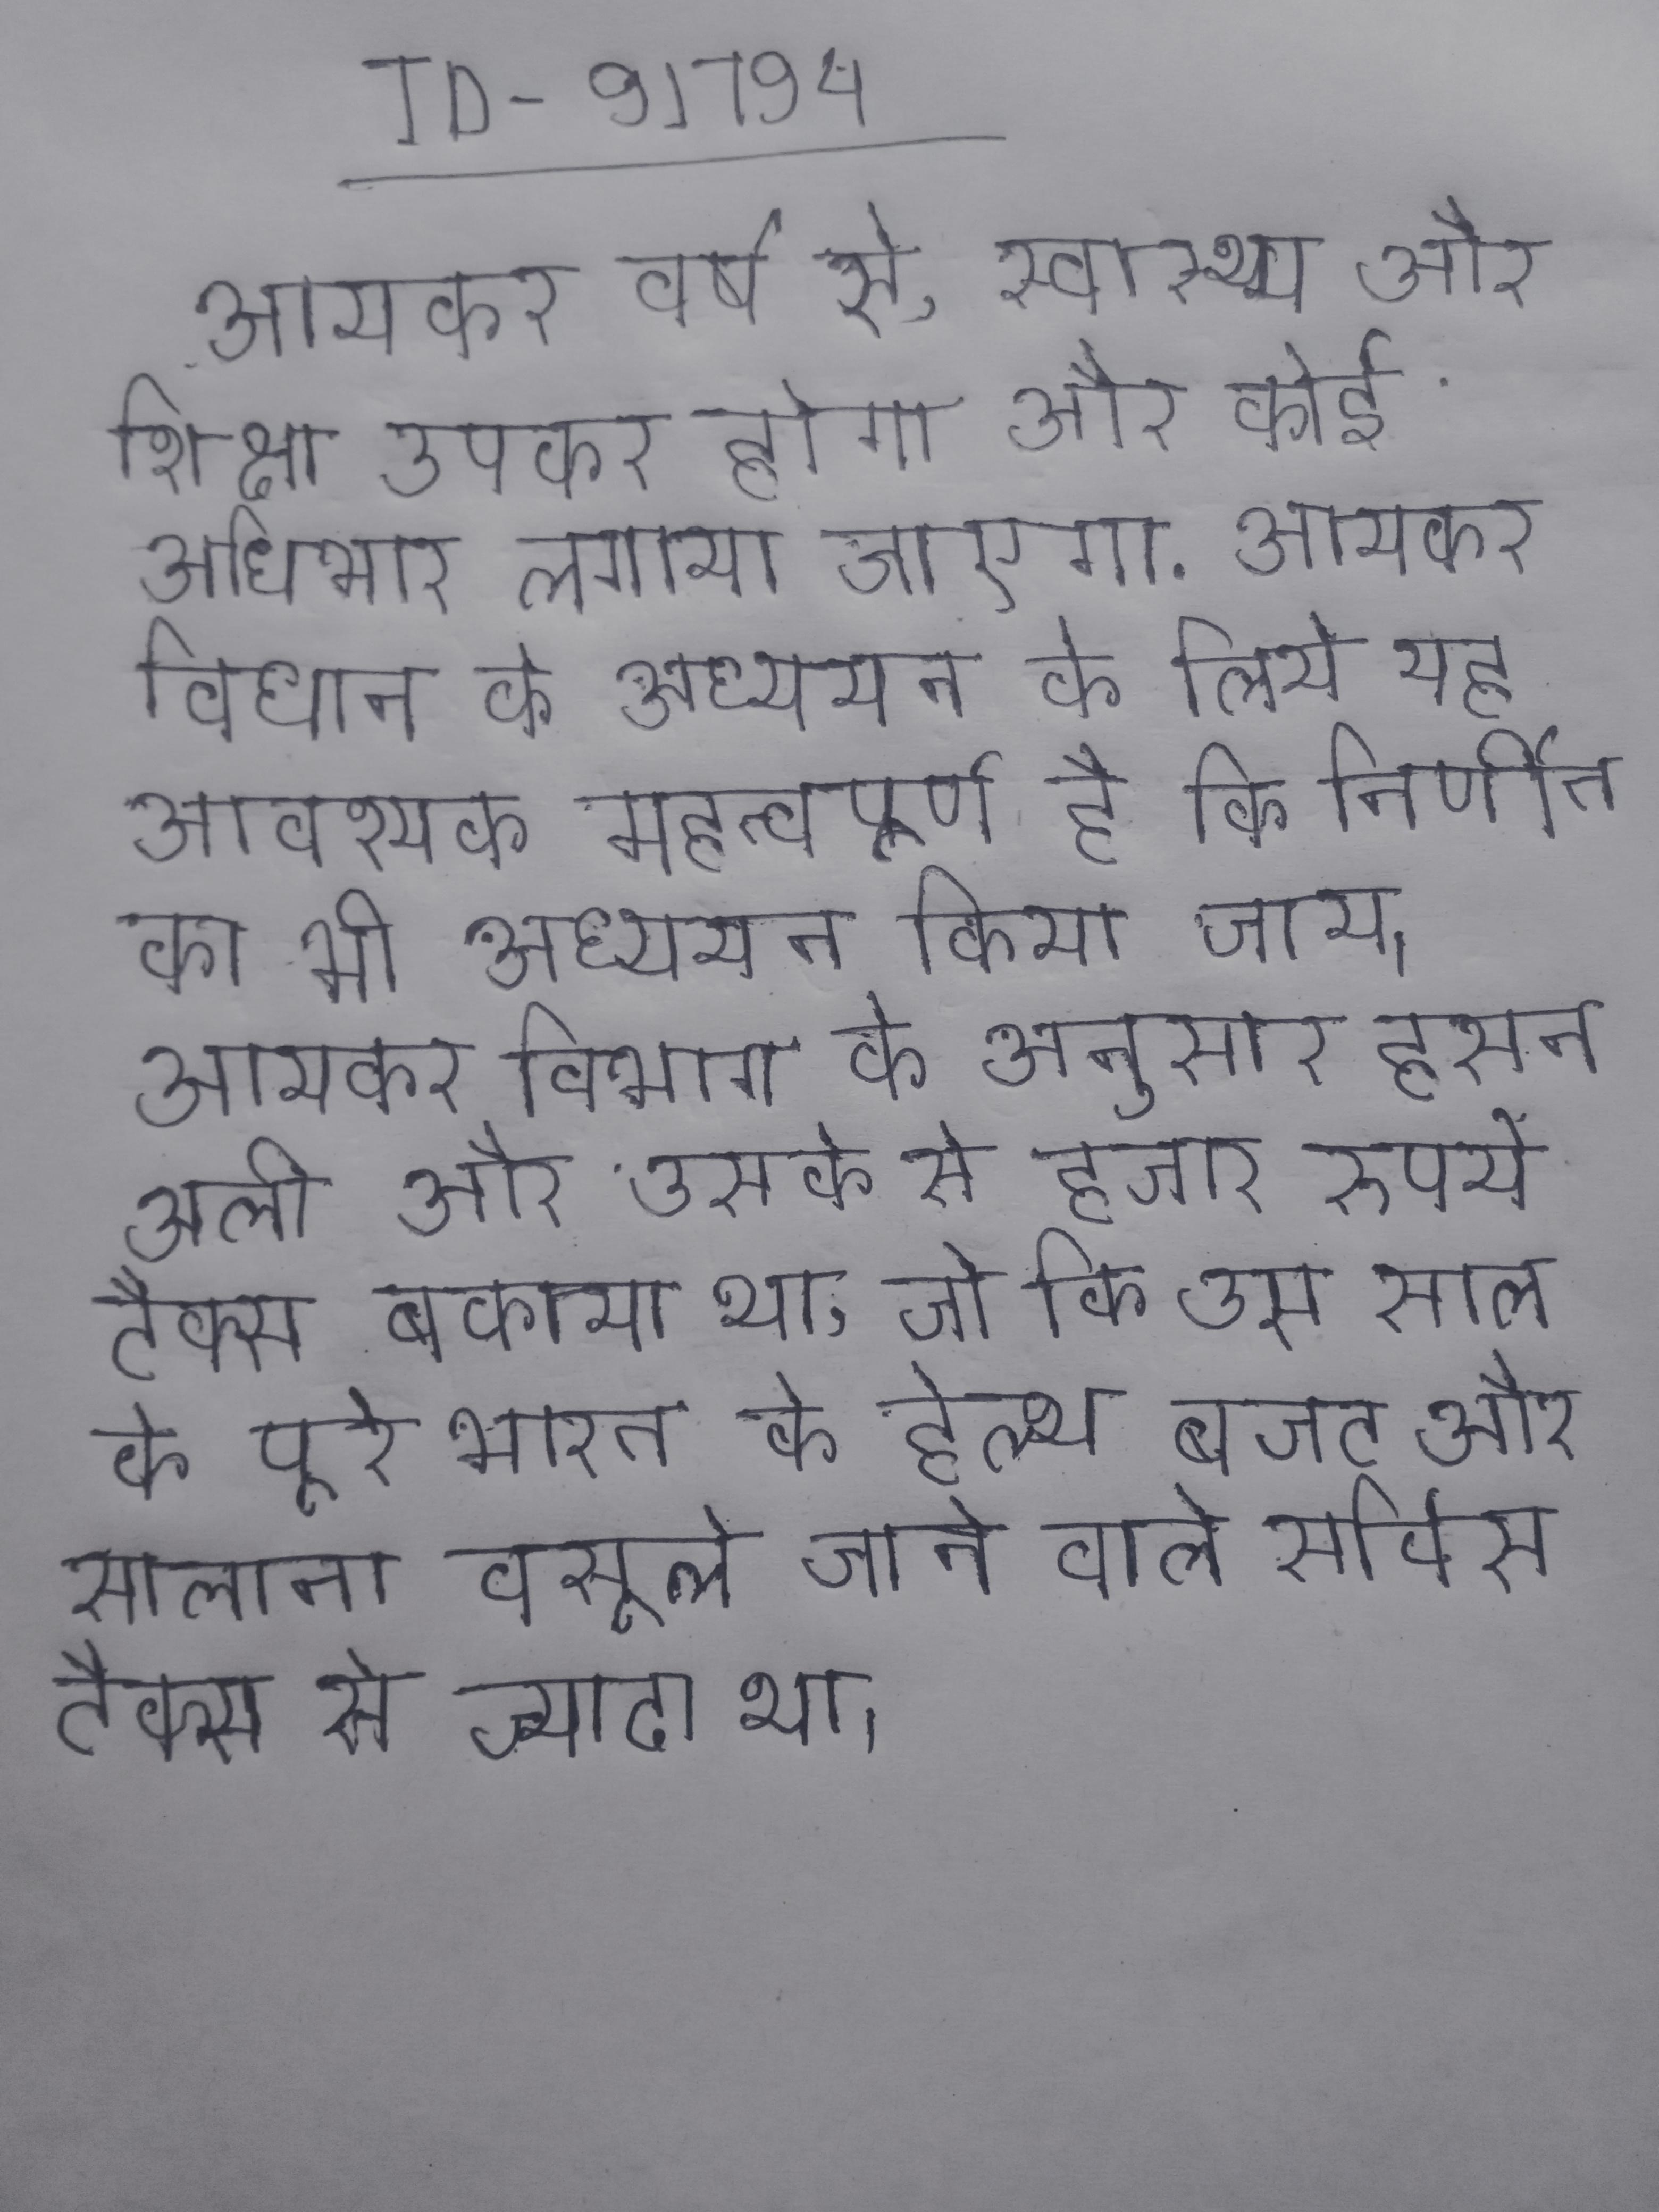
आयकर वर्ष से, स्वास्थ्य और शिक्षा उपकर होगा और कोई अधिभार लगाया जाएगा . आयकर विधान के अध्ययन के लिये यह आवश्यक महत्वपूर्ण है कि निर्णीत का भी अध्ययन किया जाय । आयकर विभाग के अनुसार हसन अली और उसके से हजार रुपये टैक्स बकाया था, जो कि उस साल के पूरे भारत के हेल्थ बजट और सालाना वसूले जाने वाले सर्विस टैक्स से ज्यादा था ।